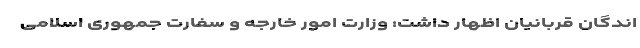
اندگان قربانیان اظهار داشت: وزارت امور خارجه و سفارت جمهوری اسلامی